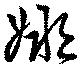
娜